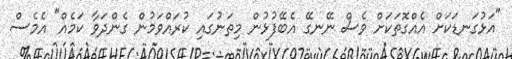
"އަޅުގަނޑަކަށް އެއްގޮތަކަށް ވެސް ނޭނގޭ އެބޭފުޅުން މިތަނުގައި ކުރައްވަމުން ގެންދަވާ ކަމެއް" އެމެސް